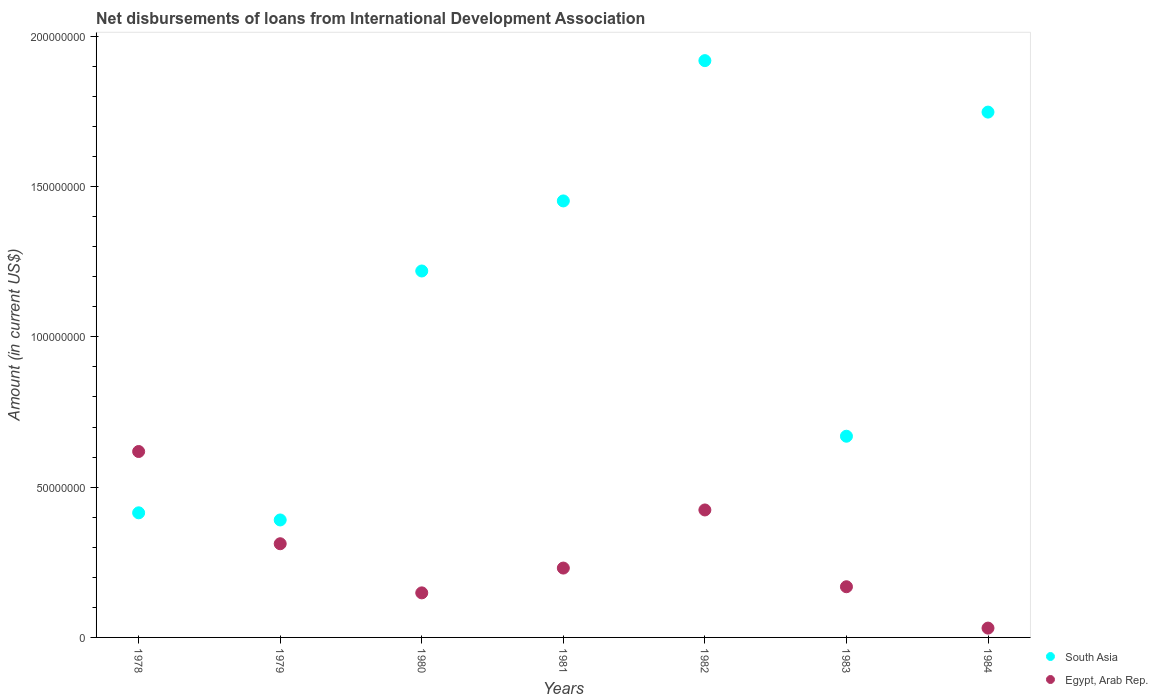
| Years | South Asia | Egypt, Arab Rep. |
 | --- | --- | --- |
 | 1978 | 4.15e+07 | 6.19e+07 |
 | 1979 | 3.91e+07 | 3.12e+07 |
 | 1980 | 1.22e+08 | 1.48e+07 |
 | 1981 | 1.45e+08 | 2.31e+07 |
 | 1982 | 1.92e+08 | 4.24e+07 |
 | 1983 | 6.69e+07 | 1.69e+07 |
 | 1984 | 1.75e+08 | 3.1e+06 |